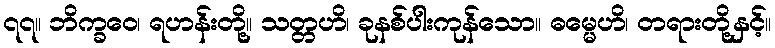
၇၇။ ဘိက္ခဝေ၊ ရဟန်းတို့။ သတ္တဟိ၊ ခုနစ်ပါးကုန်သော။ ဓမ္မေဟိ၊ တရားတို့နှင့်။